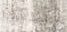
التصنيف